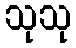
သုသု